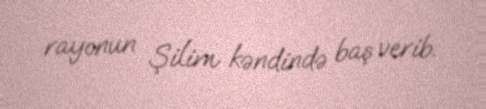
rayonun Şilim kəndində baş verib.